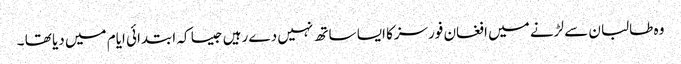
وہ طالبان سے لڑنے میں افغان فورسزکا ایسا ساتھ نہیں دے رہیں جیسا کہ ابتدائی ایام میں دیا تھا ۔